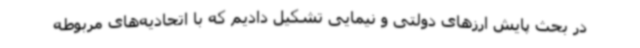
در بحث پایش ارزهای دولتی و نیمایی تشکیل دادیم که با اتحادیه‌های مربوطه